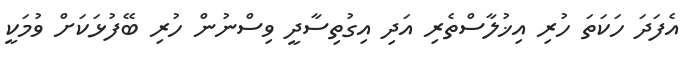
އެފަދަ ހަކަތަ ހުރި އިޚުލާސްތެރި އަދި އިގުތިސާދީ ވިސްނުން ހުރި ބޭފުޅަކަށް ވުމަކީ